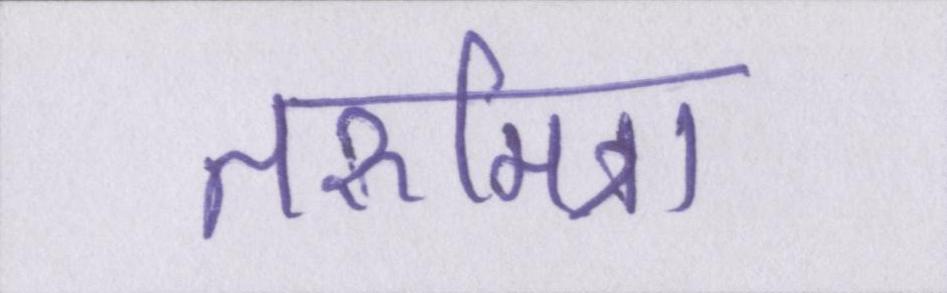
तरूमित्रा